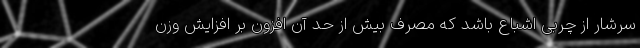
سرشار از چربی اشباع باشد که مصرف بیش از حد آن افزون بر افزایش وزن